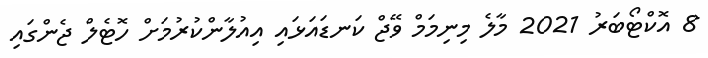
8 އޮކްޓޯބަރު 2021 މާލެ މިނިމަމް ވޭޖް ކަނޑައަޅައި އިއުލާންކުރުމަށް ހޮޓެލް ޖެންގައި